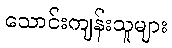
သောင်းကျန်းသူများ